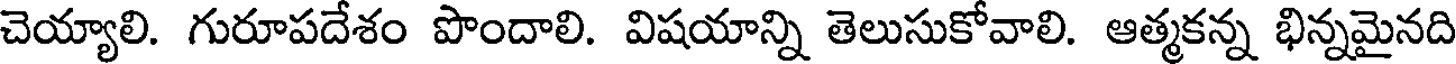
చెయ్యాలి. గురూపదేశం పొందాలి. విషయాన్ని తెలుసుకోవాలి. ఆత్మకన్న భిన్నమైనది